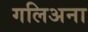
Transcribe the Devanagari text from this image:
गलिअना